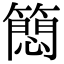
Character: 䉍